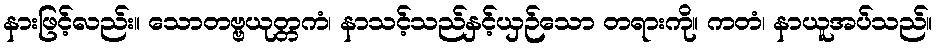
နားဖြင့်လည်း။ သောတဗ္ဗယုတ္တကံ၊ နာသင့်သည်နှင့်ယှဉ်သော တရားကို။ ကတံ၊ နာယူအပ်သည်။